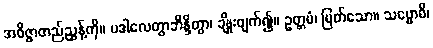
အဝိဇ္ဇာတည်ညွှန့်ကို။ ပဒါလေတွာဘိန္ဒိတွာ၊ ချိုးဖျက်၍။ ဥတ္တမံ၊ မြတ်သော။ သဗ္ဗောဓိ၊